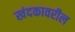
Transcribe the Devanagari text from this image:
खंदकावरील